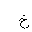
Letter: _kha